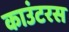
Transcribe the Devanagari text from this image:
काउंटरस